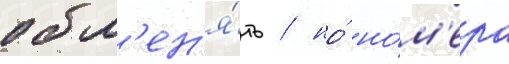
обм'ен'я́ть / но́ но́м'ера